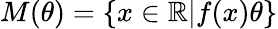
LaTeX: M(\theta)=\{ x\in\mathbb{R}|f(x)\le\theta\}